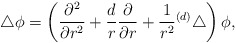
\begin{align*}\bigtriangleup \phi=\left({\partial^{2}\over \partial r^{2}}+{d\over r}{\partial \over \partial r}+{1\over r^{2}} { }^{(d)} \bigtriangleup \right) \phi ,\end{align*}